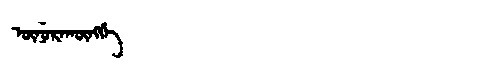
Manchu: ᡡᠨᡠᡵᠠᡴᡡᠩᡤᡝ
Romanization: ŪNURAKŪNGGE